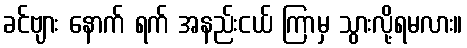
ခင်ဗျား နောက် ရက် အနည်းငယ် ကြာမှ သွားလို့ရမလား။